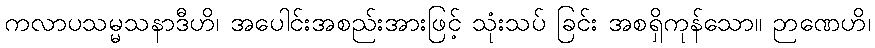
ကလာပသမ္မသနာဒီဟိ၊ အပေါင်းအစည်းအားဖြင့် သုံးသပ် ခြင်း အစရှိကုန်သော။ ဉာဏေဟိ၊